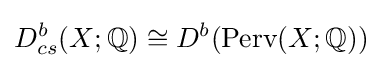
D_{cs}^{b}(X;\mathbb {Q} )\cong D^{b}({\text{Perv}}(X;\mathbb {Q} ))